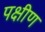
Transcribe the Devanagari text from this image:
पक्षीण